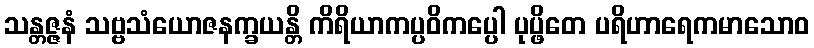
သန္တဇ္ဇနံ သဗ္ဗသံယောဇနက္ခယန္တိ ကိရိယာကပ္ပဝိကပ္ပေါ ပုပ္ဖိတေ ပရိဟာရေကမာသောဝ